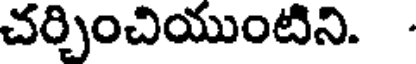
చర్చించియుంటిని.